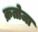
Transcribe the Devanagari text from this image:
क्रतोजा